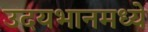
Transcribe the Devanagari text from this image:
उदयभानमध्ये